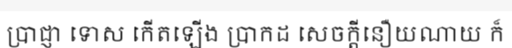
ប្រាជ្ញា ទោស កើតឡើង ប្រាកដ សេចក្តីនឿយណាយ ក៏